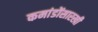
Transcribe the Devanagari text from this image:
कमांडोंसारखी